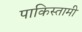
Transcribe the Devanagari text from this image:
पाकिस्तामी